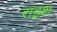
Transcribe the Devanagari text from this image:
राइश